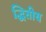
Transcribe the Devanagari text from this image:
द्धितीय